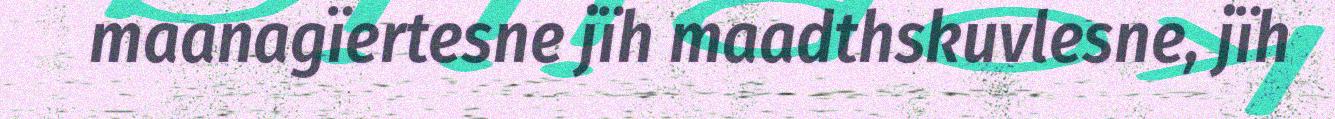
maanagïertesne jïh maadthskuvlesne, jïh